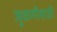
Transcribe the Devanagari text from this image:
जुळणीसाठी